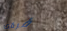
فرقتك